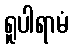
ရူပါရာမံ